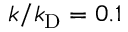
k / k _ { \mathrm { D } } = 0 . 1